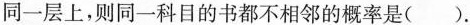
同一层上，则同一科目的书都不相邻的概率是().